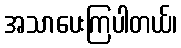
အသာပေးကြပါတယ်၊